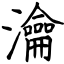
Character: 瀹